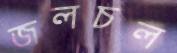
জলচল